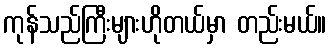
ကုန်သည်ကြီးများဟိုတယ်မှာ တည်းမယ်။